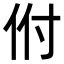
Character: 𬽵